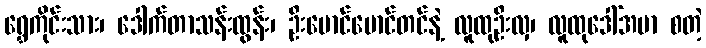
ရွှေကိုင်းသား၊ ဒေါက်တာသန်းထွန်း၊ ဦးမောင်မောင်တင်နဲ့ လူထုဦးလှ၊ လူထုဒေါ်အမာ စတဲ့